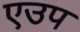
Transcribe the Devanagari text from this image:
एउप